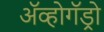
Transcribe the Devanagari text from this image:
अॅव्होगॅड्रो